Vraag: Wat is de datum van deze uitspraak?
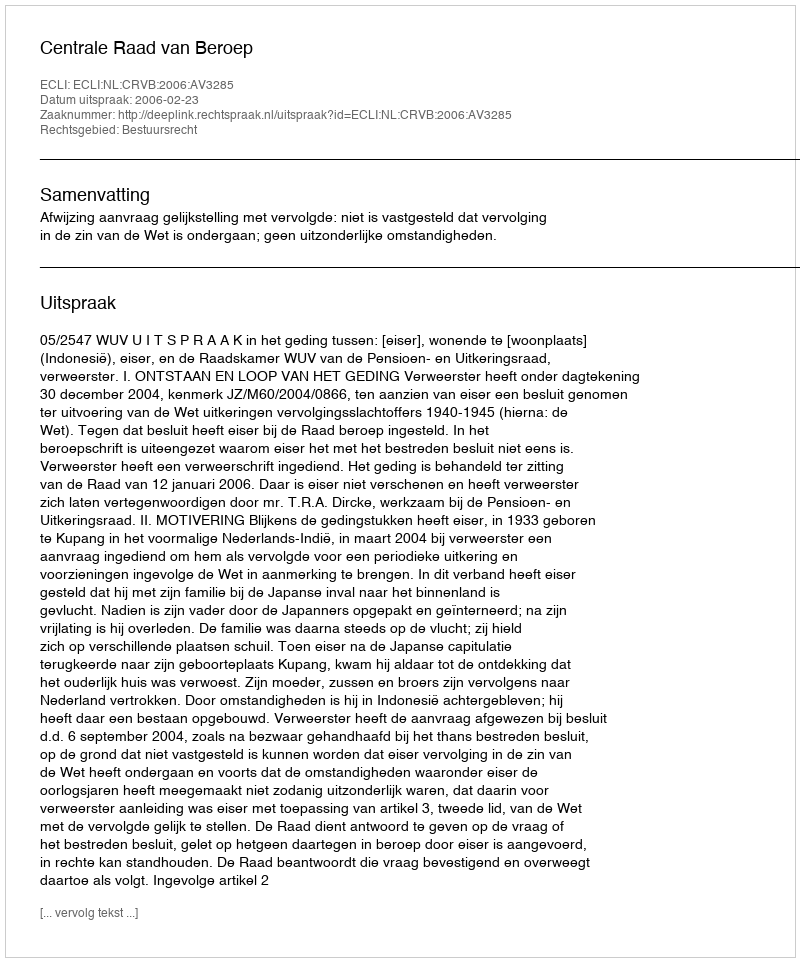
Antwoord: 2006-02-23